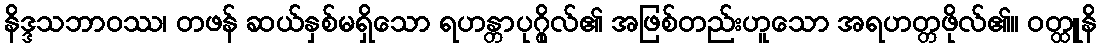
နိဒ္ဒသဘာဝဿ၊ တဖန် ဆယ်နှစ်မရှိသော ရဟန္တာပုဂ္ဂိုလ်၏ အဖြစ်တည်းဟူသော အရဟတ္တဖိုလ်၏။ ဝတ္ထူနိ